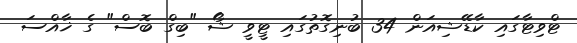
ޓްވިޓާގައި ކާޑޭޝިއަން 34 ބުނިގޮތުގައި ޓީވީ ޝޯ "ބިގް ބޮސް" ގެ ޚާއްސަ